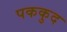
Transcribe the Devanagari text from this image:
पककुद